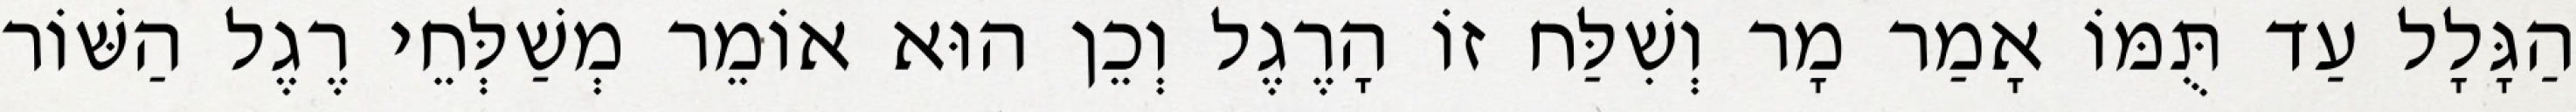
הַגָּלָל עַד תֻּמּוֹ אָמַר מָר וְשִׁלַּח זוֹ הָרֶגֶל וְכֵן הוּא אוֹמֵר מְשַׁלְּחֵי רֶגֶל הַשּׁוֹר